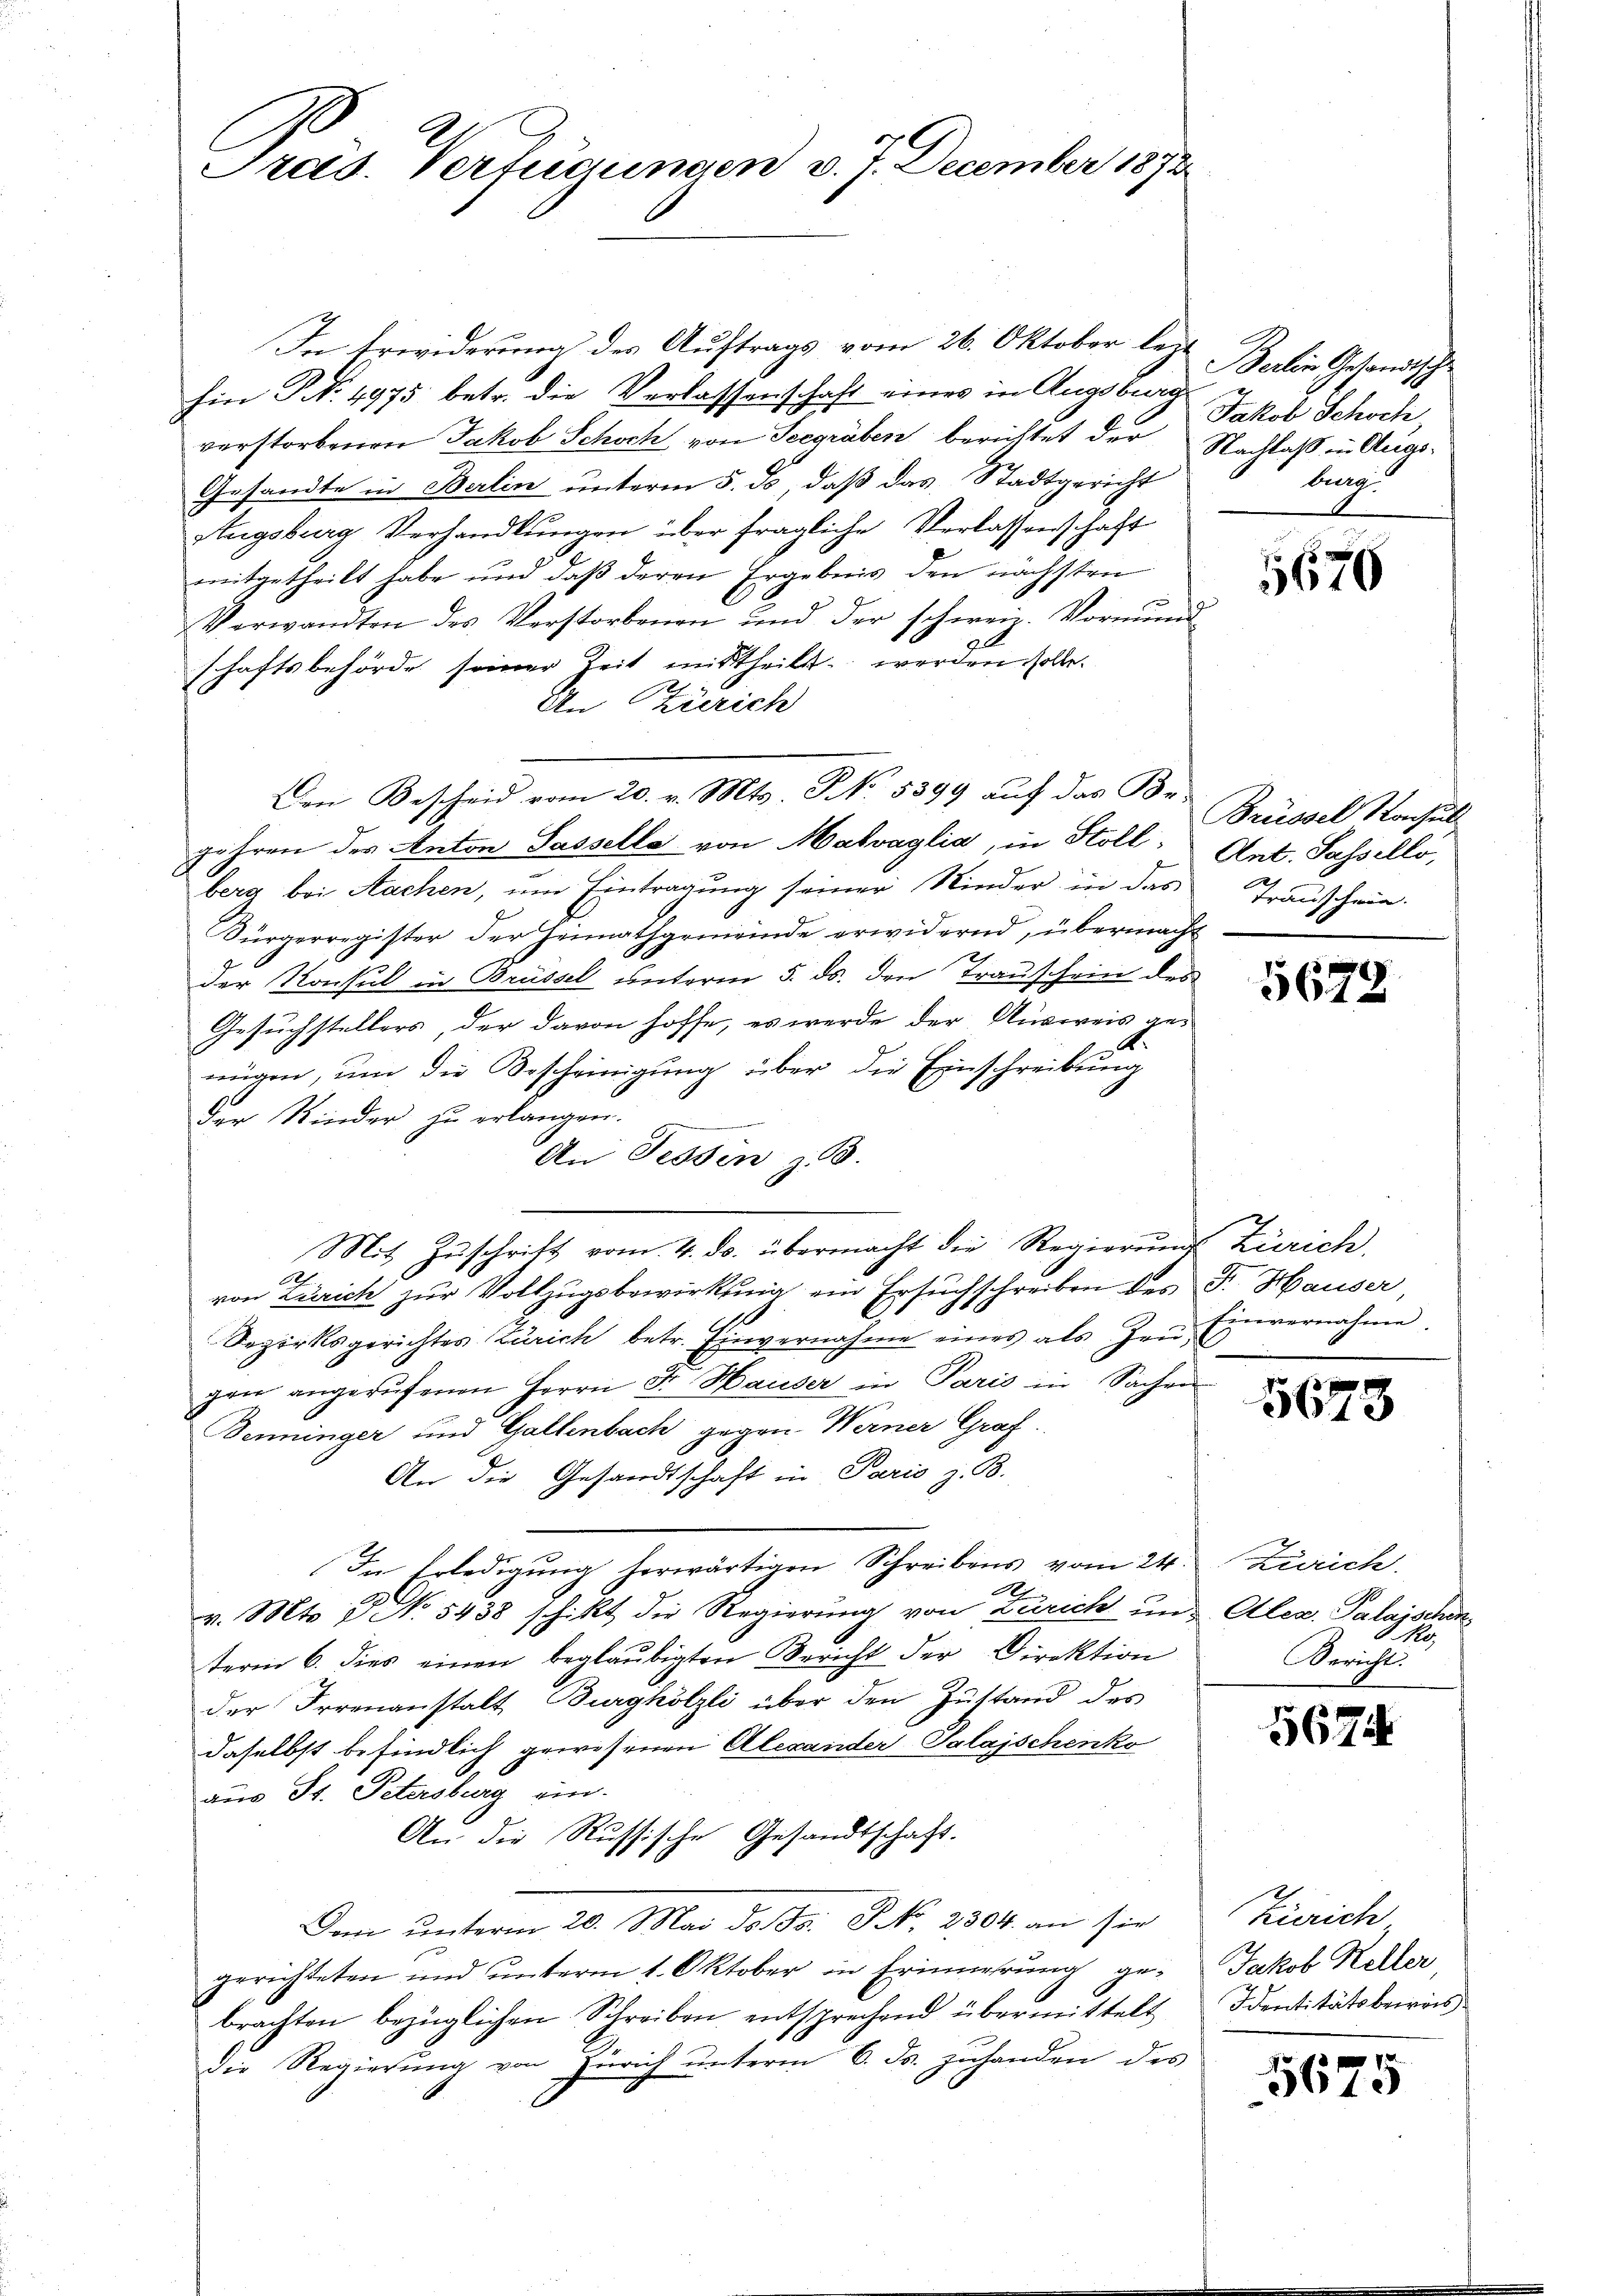
Preis. Verfügungen v. J. December 1872

In Erwiderung des Auftrags vom 26. Oktober lezhin NNo. 4975 betr. die Verlassenschaft eines in Augsburg
verstorbenen Jakob Schoch von Seegräben berichtet der Nachlaß in Aug-
Gesandte in Berlin unterm 5. ds, daß das Stadtgericht
Augsburg Verhandlungen über fragliche Verlassenschaft
mitgetheilt habe und daß deren Ergebnis den nächsten
Verwandten des Verstorbenen und der schweiz. Vormund-
schaftsbehörde seiner Zeit mittheilt werden solle.
2
An Zürich
gehren der Anton Sassella von Malvaglia, in Stoll, Ant. Sasselli,
berg bei Nachen, um Eintragung seiner Kinder in das Transchein
Bürgerregister der Heimathgemeinde erwidernd, übermacht
der Konsul in Brüssel unterm 5. ds. den Trauschein des
Gesuchstellers, der davon hoffe, es werde der Ausweis genügen, um die Bescheinigung über die Einschreibung
Der Kinder zu erlangen.
An Tessin z. B.
Mit Zŭschrift vom 4. ds. übermacht die Regierŭng Zürich,
A
von Zürich zur Vollzugsbewirkung ein Ersuchschreiben des Fr. Hauser,
Bezirksgerichtes Zürich betr. Einvernahme eines als Zeŭ- Einvernahme
gan angerŭfenen Herrn Fr. Hauser in Paris in Sachen
Benninger und Gallenbach gegen Werner Graf
An die Gesandtschaft in Paris z. B.
In Erledigung herwärtigen Schreibens vom 24. Zürich.
A.
v. Mts. No. 5438 schikt die Regierŭng von Zürich und Aler. Palaischenterm 6. dies einen beglaubigten Bericht der Direktion
der Irrenanstalt Burghölzli über den Zustand des
daselbst befindlich gewesenen Alexander Palaischenko
aus St. Petersburg ein.
An die Russische Gesandtschaft.
Dem unterm 20. Mai d. G. P. Nr. 2304. an sie
gerichteten und ŭnterm 1. Oktober in Erinnerung ge- Jakob Keller,
brachten bezüglichen Schreiben entsprechend übermittelt
Die Regierŭng von Zürich ŭnterm 6. ds. zŭhanden des

Den Bescheid vom 20. v. Mts. T No. 5399 auf das Be¬

Berlin Gesandtsche
Jakob Schoch,
bung.

5670

Brüssel Rochul

5678

5673

1
Bericht.

5674

Zürich
Dentitätsberreis

5610